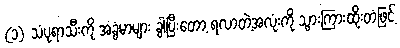
(၁) သံပုရာသီးကို အခွံမာများ ခွါပြီးတော့ ရလာတဲ့အလုံးကို သွားကြားထိုးတံဖြင့်